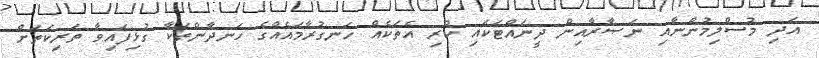
އަދި މުސްލިމުންނާއި ނަޞާރާއިން ދީނައްޓަކައި ކުރި އެތަކެއް ހަނގުރާމައެއްގެ ހަނދާންތަކާ ގުޅިފައިވާ ތަރިކަތަށް